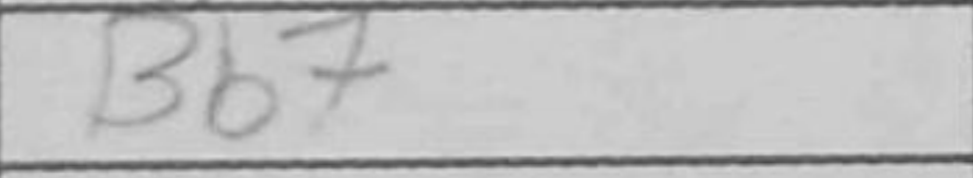
Transcription: Bb7